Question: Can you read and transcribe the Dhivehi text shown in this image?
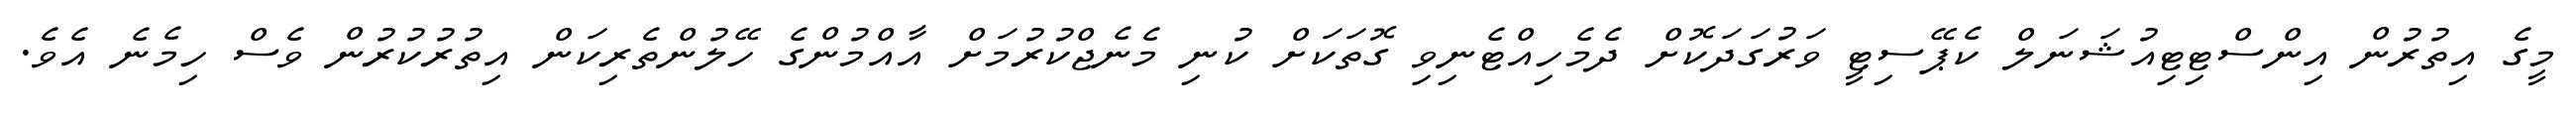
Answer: މީގެ އިތުރުން އިންސްޓިޓިއުޝަނަލް ކެޕޭސިޓީ ވަރުގަދަކޮށް ދެމެހިއްޓެނިވި ގޮތަކަށް ކުނި މެނެޖްކުރުމަށް އާއްމުންގެ ހޭލުންތެރިކަން އިތުރުކުރުން ވެސް ހިމެނެ އެވެ.